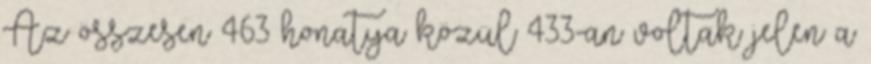
Az összesen 463 honatya közül 433-an voltak jelen a